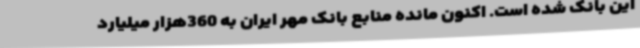
این بانک شده است. اکنون مانده منابع بانک مهر ایران به 360هزار میلیارد